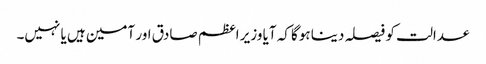
عدالت کو فیصلہ دینا ہوگا کہ آیا وزیر اعظم صادق اور آمین ہیں یا نہیں۔